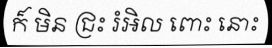
ក៏ មិន ជ្រះ រំអិល ពោះ នោះ